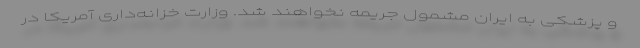
و پزشکی به ایران مشمول جریمه نخواهند شد. وزارت خزانه‌داری آمریکا در